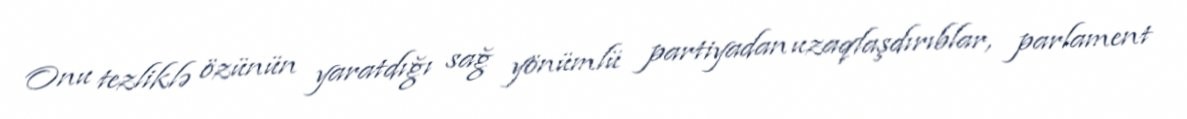
Onu tezliklə özünün yaratdığı sağ yönümlü partiyadan uzaqlaşdırıblar, parlament